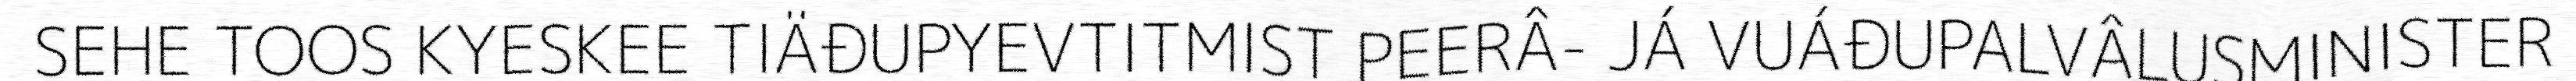
SEHE TOOS KYESKEE TIÄĐUPYEVTITMIST PEERÂ- JÁ VUÁĐUPALVÂLUSMINISTER